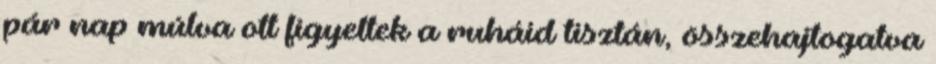
pár nap múlva ott figyeltek a ruháid tisztán, összehajtogatva